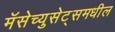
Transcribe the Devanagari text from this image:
मॅसेच्युसेट्समधील